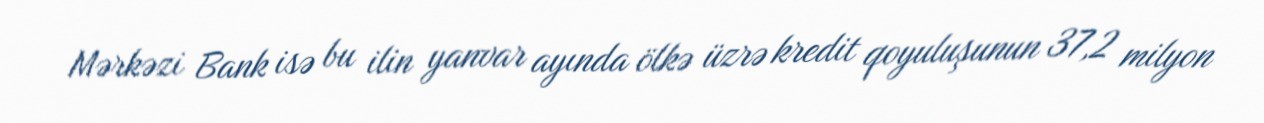
Mərkəzi Bank isə bu ilin yanvar ayında ölkə üzrə kredit qoyuluşunun 37,2 milyon